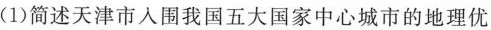
(1)简述天津市入围我国五大国家中心城市的地理优